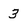
Character: 3